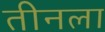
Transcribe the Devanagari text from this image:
तीनला